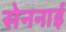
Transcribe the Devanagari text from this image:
सेननाई